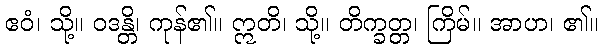
ဧဝံ၊ သို့။ ဝဒန္တိ၊ ကုန်၏။ ဣတိ၊ သို့။ တိက္ခတ္တ၊ ကြိမ်။ အာဟ၊ ၏။